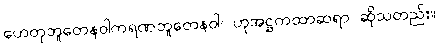
ဟေတုဘူတေနဝါကရဏဘူတေနဝါ၊ ဟုအဋ္ဌကထာဆရာ ဆိုသတည်း။